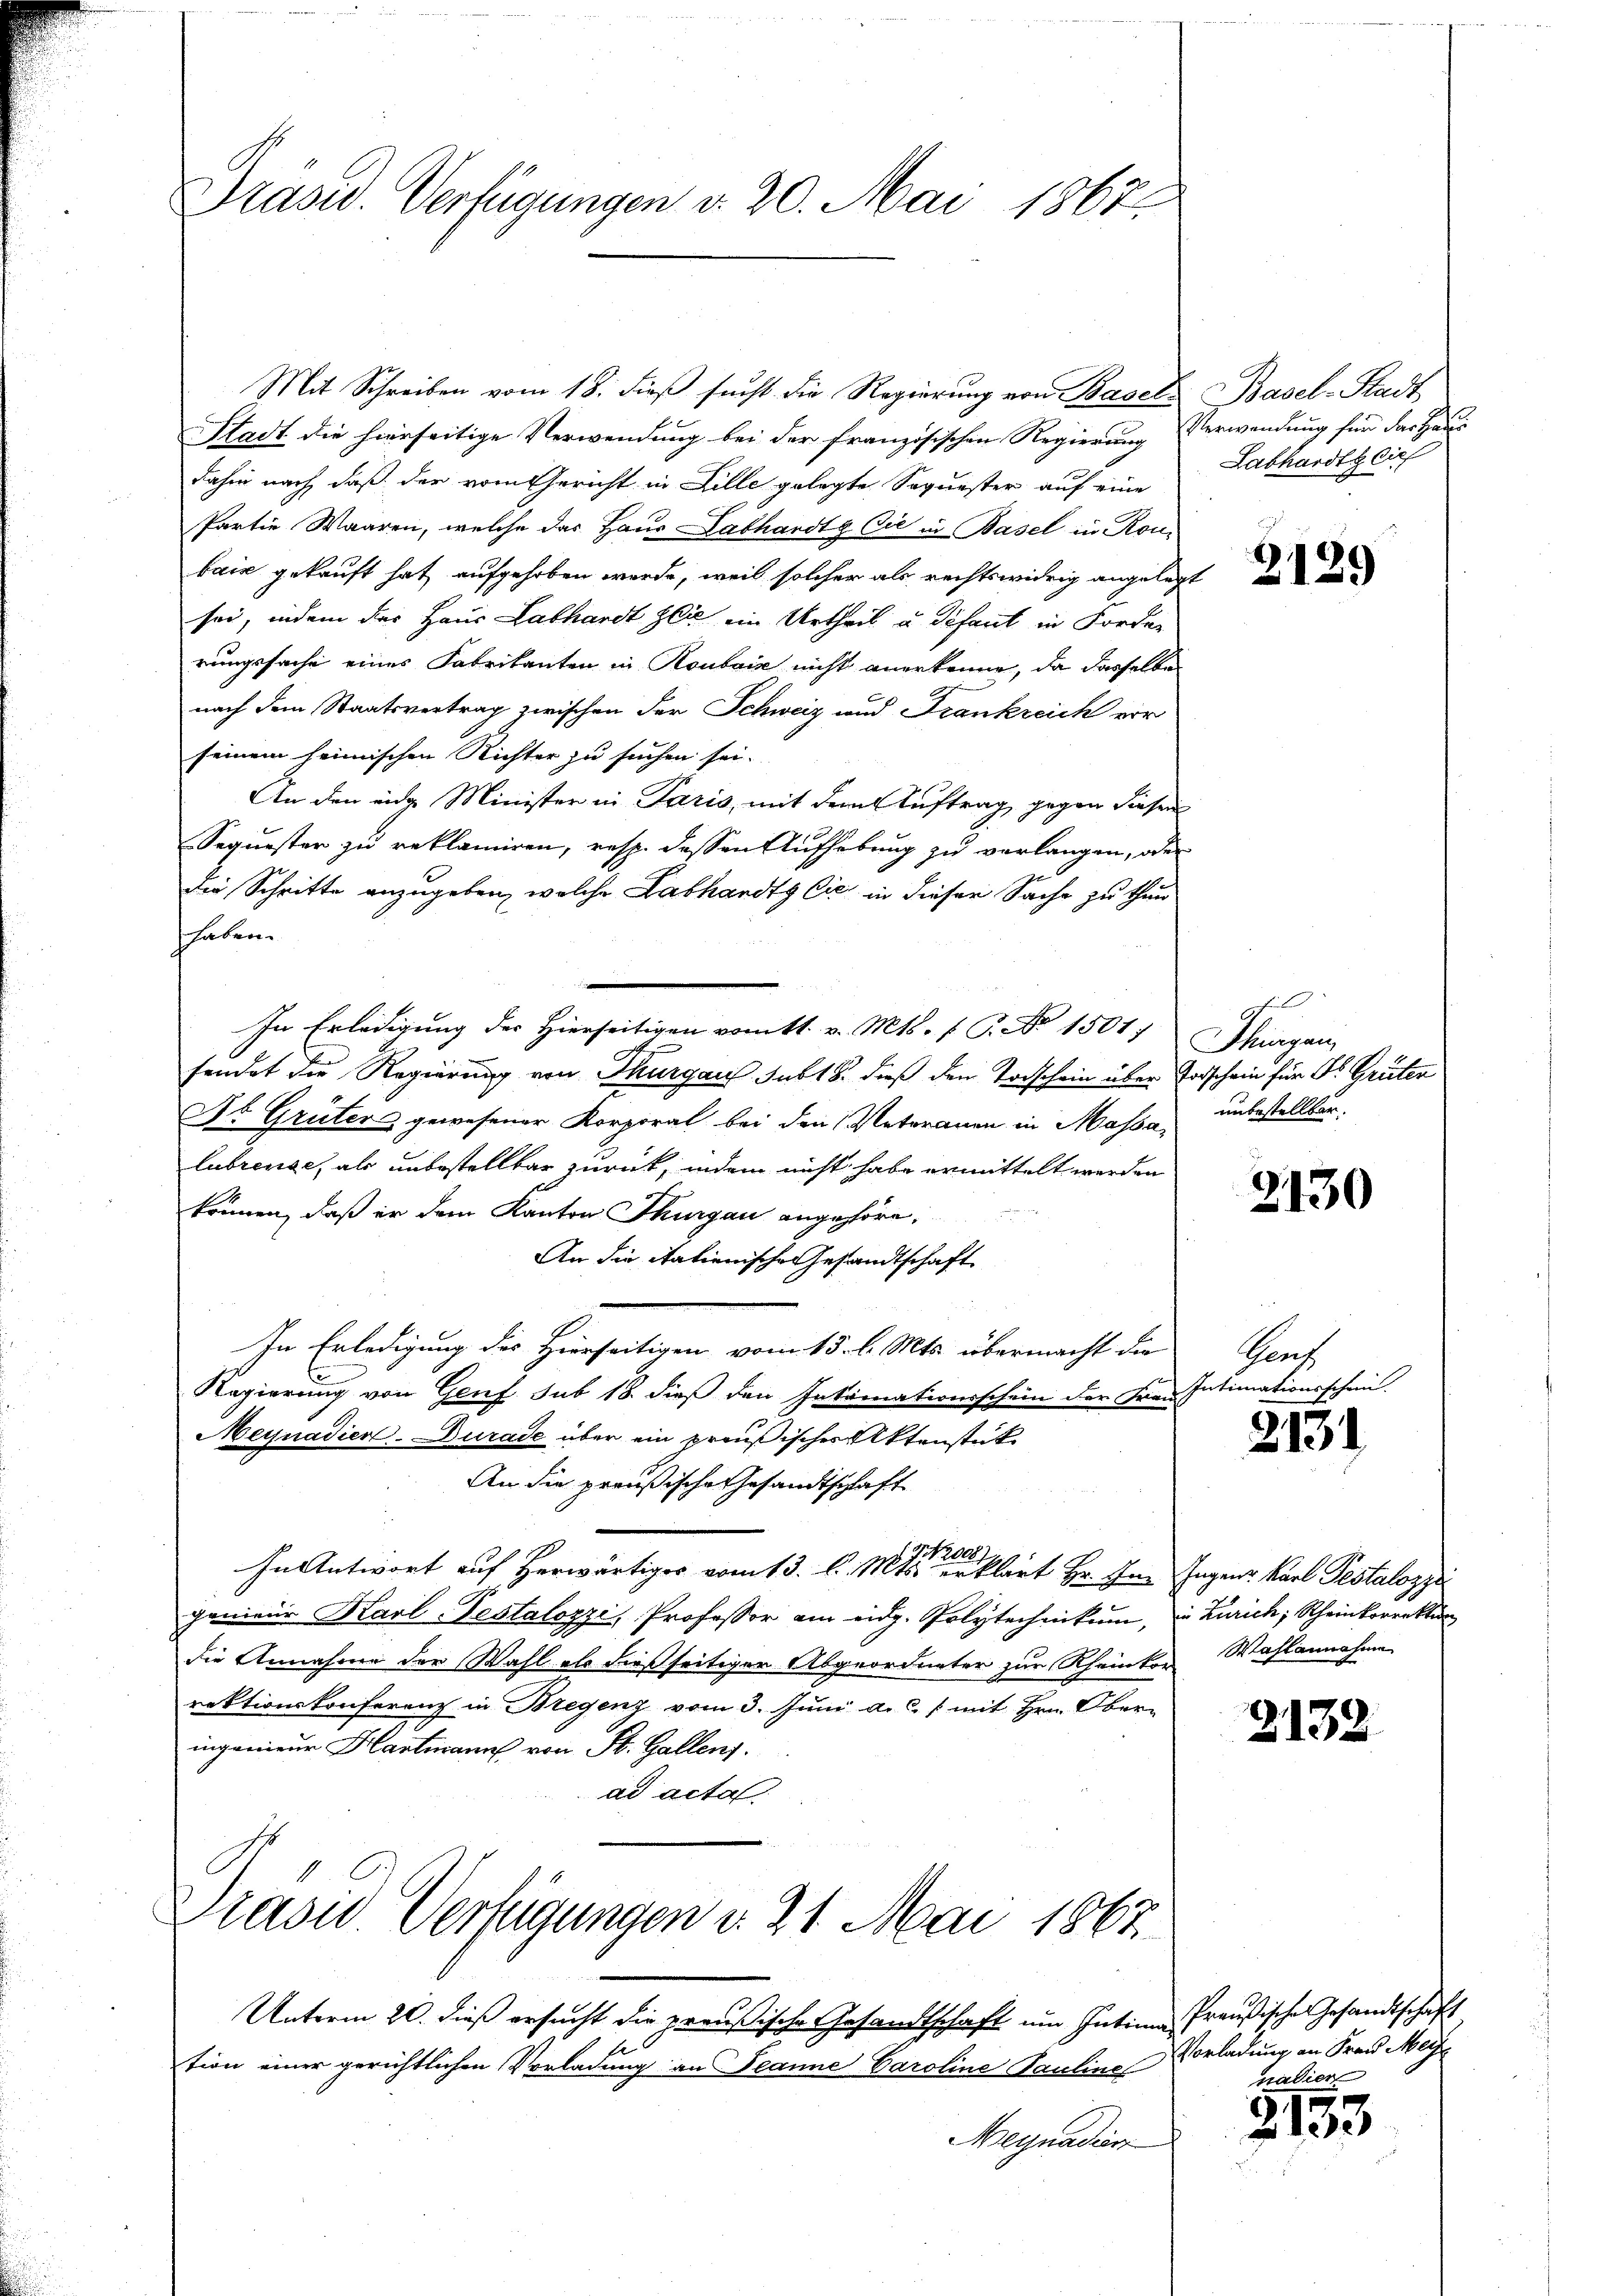
Präsid. Verfügungen v. 20. Mai 1863.

Mit Schreiben vom 18. dieß sucht die Regierung von Basels Basel-Stadt
Stadt die hierseitige Verwendung bei der französischen Regierung Verwendung für das Haus
dahin nach, daß der vom Gericht in Lille gelegte Sequester auf eine
Partie Waaren, welche das Haus Labhardtg Cie in Basel in Ronbais gekauft hat aufgehoben werde, weil solcher als rechtswidrig angelegt
sei, indem der Haus Labhardt zeit ein Urtheil u. Schaut in Forder
rungssache eines Fabrikanten in Roubaić nicht anerkenne, da dasselbe
nach dem Staatsvertrag zwischen der Schweiz und Frankreich vor
seinem heimischen Richter zu suchen sei.
An den eidge Minister in Paris, mit dem Auftrag gegen diesen
Sequester zu reklamiren, resp. dessen Aufhebung zu verlangen, oder
die Schritte anzugeben, welche Labhandtg Cić in dieser Sache zu thun
haben.
In Erledigung des Hierseitigen vom 11. v. Mts. f. P. Nr. 1501, Thurgan
sendet die Regierung von Thurgau subt 8. dieß den Todschein über Erdschein für ds Grüten
Dr. Grüter gewesener Korporal bei den Vaterauen in Massa unbestellter,
lubringe, als unbestellbar zurück, indem nicht habe ermittelt werden
können, daß er dem Kanton Thurgau angehöre,
An die Italienische Gesandtschaft
In Erledigung des Heerseitigen vom 15. d. Mts. übermacht die
Regierung von Genf sub 18. dieß den Intimationsschein der Frau Intimationsschein.
Meynadier-Durade über ein preußischer Aktenstück
An die preußische Gesandtschaft
G 111
In Antwort auf herwärtiges vom 13. l. Mts. erklärt Hr. In Ingen Karl Pestalozzi
genieur Karl-Testalozzi, Professor am eidg. Polytechnikum, in Zürich; Rheinkorrektion
die Annahme der Wahl als dießseitiger Abgeordneter zur Rheinter Wahlannahme
rektionskonferenz in Bregenz vom 3. Juni a. c. 1 mit Hrn. Oberingenieur Hartmann von St. Gallen.
ad acta

Traon Verfügungen d. 21. Mai 1867.

Labhardtzlich

Unterm 20. dieß ersucht die preußische Gesandtschaft um Intima Preußische Gesandtschaft
tion einer gerichtlichen Vorladung an Jeanne Caroline Pauline
Megnadien

2129

l

2130

Saf

2131

2132

Vorladung an Frau Meie
nadier

3133